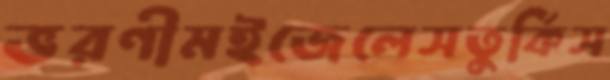
ভরণীমইজেলেসতুর্কিস